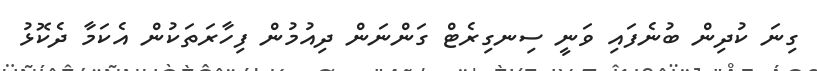
ގިނަ ކުދިން ބުނެފައި ވަނީ ސިނގިރެޓް ގަންނަން ދިއުމުން ފިހާރަތަކުން އެކަމާ ދެކޮޅު